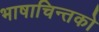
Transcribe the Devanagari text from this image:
भाषाचिन्तको